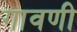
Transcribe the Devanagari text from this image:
गावणी